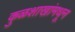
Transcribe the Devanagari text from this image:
कुळशाखांमधून